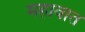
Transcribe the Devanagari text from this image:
महावात